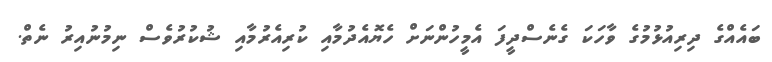
ބައެއްގެ ދިރިއުޅުމުގެ ވާހަކަ ގެނެސްދީފަ އެމީހުންނަށް ހެޔޮއެދުމާއި ކުރިއެރުމާއި ޝުކުރުވެސް ނިމުނުއިރު ނެތް.